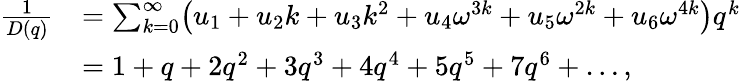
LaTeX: \begin{array}{rl}{\frac{1}{D(q)}}&{=\sum_{k=0}^{\infty}\bigl(u_{1}+u_{2}k+u_{3}k^{2}+u_{4}\omega^{3k}+u_{5}\omega^{2k}+u_{6}\omega^{4k}\bigr)q^{k}}\\ &{=1+q+2q^{2}+3q^{3}+4q^{4}+5q^{5}+7q^{6}+\dots,}\end{array}